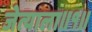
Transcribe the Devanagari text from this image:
जेत्याला॥१॥